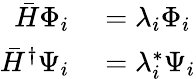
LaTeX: \begin{array}{rl}{\bar{H}\Phi_{i}}&{{}=\lambda_{i}\Phi_{i}}\\ {\bar{H}^{\dagger}\Psi_{i}}&{{}=\lambda_{i}^{*}\Psi_{i}}\end{array}